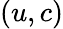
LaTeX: (u,c)